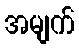
အမျက်